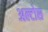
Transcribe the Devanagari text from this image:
अल्टोस